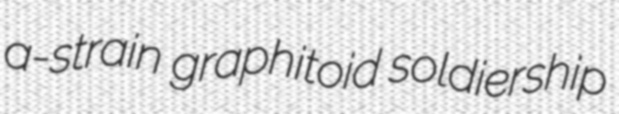
a-strain graphitoid soldiership